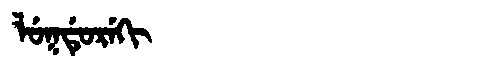
Manchu: ᠯᡠᡴᡩᡠᡵᡝᡴᡳ
Romanization: LUKDUREKI